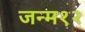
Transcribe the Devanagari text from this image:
जन्म१२